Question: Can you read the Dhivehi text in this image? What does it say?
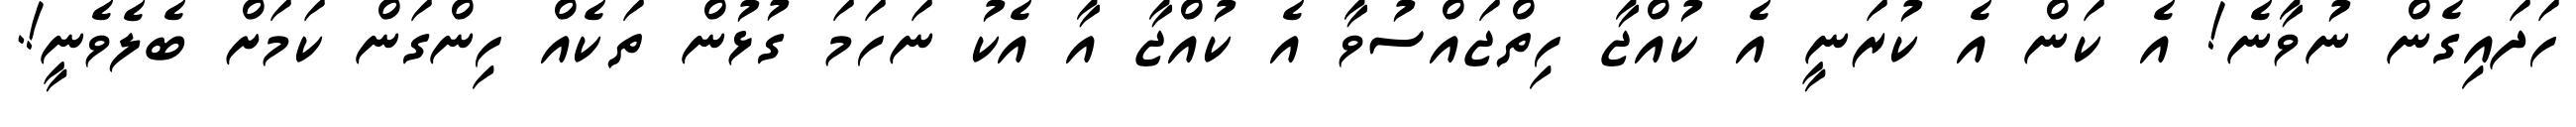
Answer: ހަދައިގެން ނުވާނެ! އެ ކަން އެ ކުރަނީ އެ ކުއްޖާ ހިތްޖައްސުވާ އެ ކުއްޖާ އާ އެކު ނަހަމަ ގުޅުން ތަކެއް ހިންގަން ކަމަށް ބެލެވެނީ!.